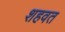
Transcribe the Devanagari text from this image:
शहवत